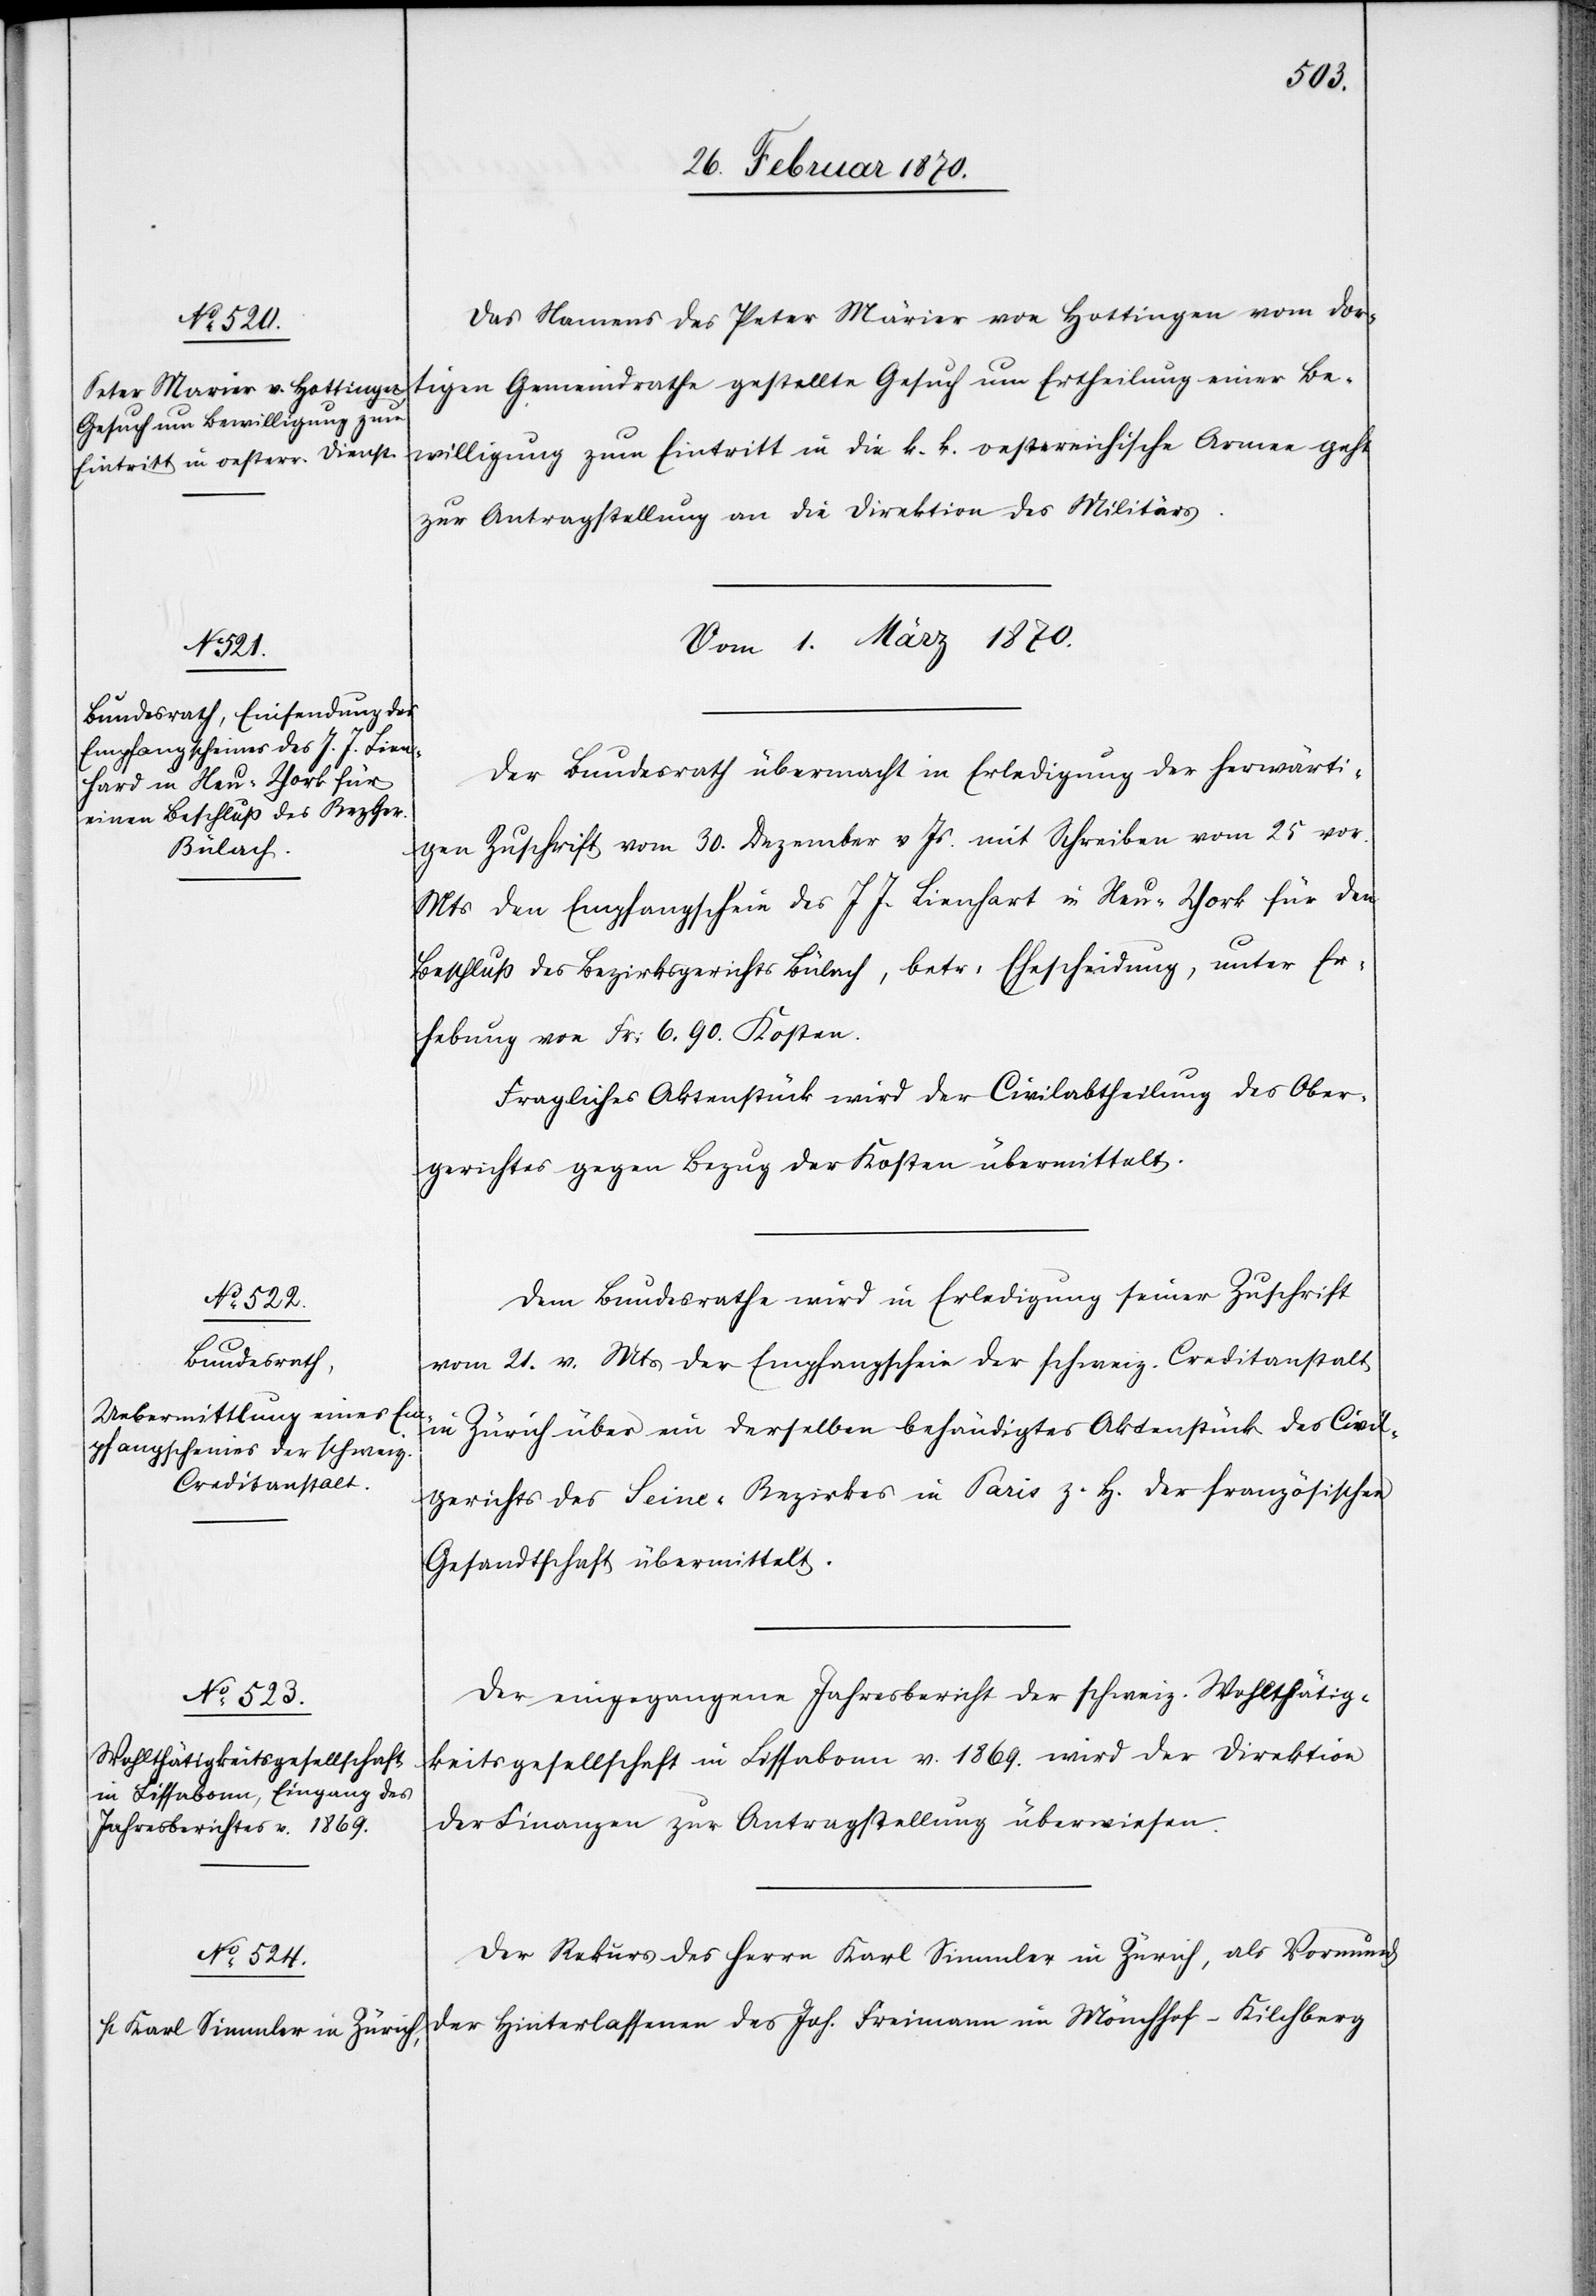
28. Februar 1870.]
Das Namens des Peter Märier [sic!] von Hottingen vom dor¬
tigen Gemeindrathe gestellte Gesuch um Ertheilung einer Be¬
willigung zum Eintritt in die k. k. oestereichische Armee geht
zur Antragstellung an die Direktion des Militärs.
Vom 1. März 1870.]
Der Bundesrath übermacht in Erledigung der herwärti¬
gen Zuschrift vom 30. Dezember v Js. mit Schreiben vom 25 vor.
Mts den Empfangschein des J J. Lienhart [sic!] in Neu-York für den
Beschluß des Bezirksgerichts Bülach, betr: Ehescheidung, unter Er¬
hebung von Fr: 6.90. Kosten.
Fragliches Aktenstück wird der Civilabtheilung des Ober¬
gerichtes gegen Bezug der Kosten übermittelt.
Dem Bundesrathe wird in Erledigung seiner Zuschrift
vom 21. v. Mts der Empfangschein der schweiz. Creditanstalt
in Zürich über ein derselben behändigtes Aktenstück des Civil¬
gerichts des Seine-Bezirkes in Paris z. H. der französischen
Gesandtschaft übermittelt.
Der eingegangene Jahresbericht der schweiz. Wohlthätig¬
keitsgesellschaft in Lissabon v. 1869 wird der Direktion
der Finanzen zur Antragstellung überwiesen.
Der Rekurs des Herrn Karl Simmler in Zürich, als Vormund